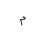
Letter: _mim